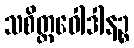
သစိတ္တဝေါဒါနဉ္စ